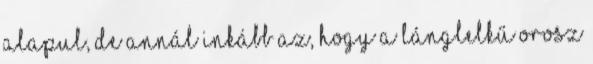
alapul, de annál inkább az, hogy a lánglelkű orosz